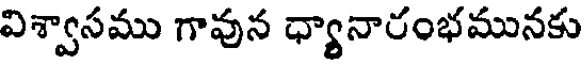
విశ్వాసము గావున ధ్యానారంభమునకు